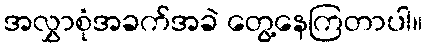
အလွှာစုံအခက်အခဲ တွေ့နေကြတာပါ။